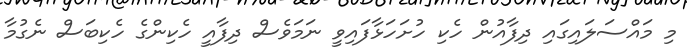
މި މައްސަލައިގައި ދިފާއުން ހެކި ހުށަހަޅާފައިވީ ނަމަވެސް ދިފާއީ ހެކިންގެ ހެކިބަސް ނެގުމާ